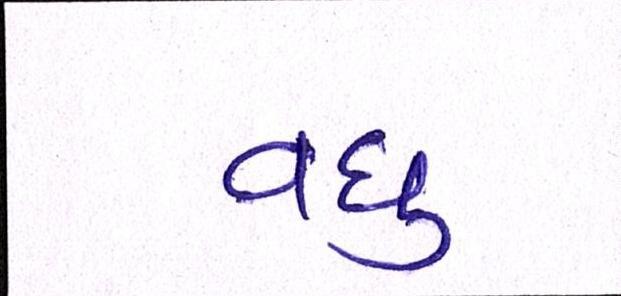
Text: વધુ